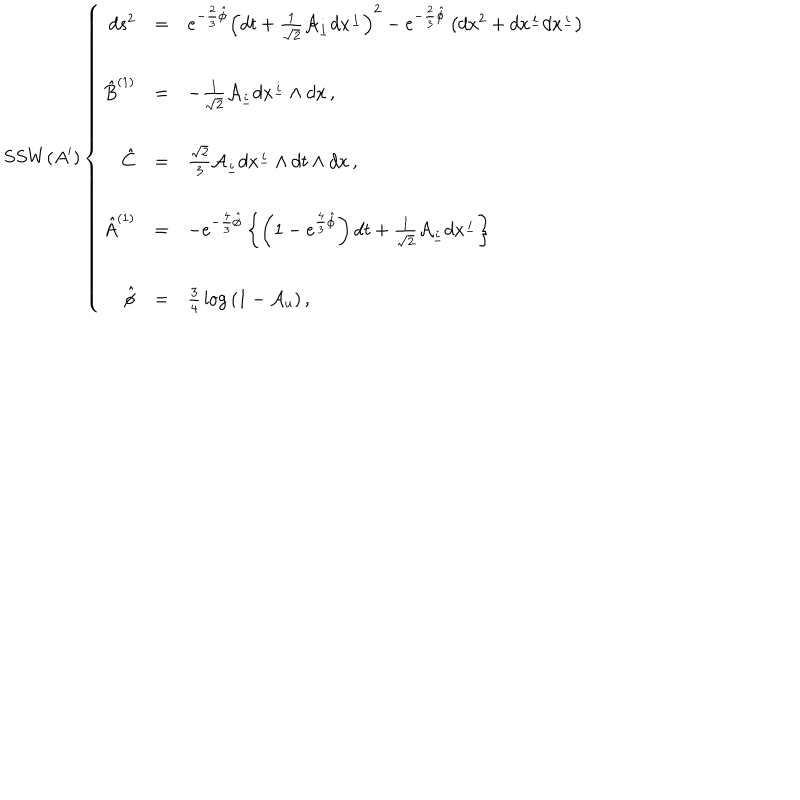
S S W ( A ^ { \prime } ) \left\{ \begin{array} { r c l } { { d s ^ { 2 } } } & { { = } } & { { e ^ { - \frac { 2 } { 3 } \hat { \phi } } \left( d t + { \textstyle \frac { 1 } { \sqrt { 2 } } } { \cal A } _ { \underline { { { i } } } } d x ^ { \underline { { { i } } } } \right) ^ { 2 } - e ^ { - \frac { 2 } { 3 } \hat { \phi } } \left( d x ^ { 2 } + d x ^ { \underline { { { i } } } } d x ^ { \underline { { { i } } } } \right) } } \\ { { } } & { { } } & { { } } \\ { { \hat { B } ^ { ( 1 ) } } } & { { = } } & { { - { \textstyle \frac { 1 } { \sqrt { 2 } } } { \cal A } _ { \underline { { { i } } } } d x ^ { \underline { { { i } } } } \wedge d x \, , } } \\ { { } } & { { } } & { { } } \\ { { \hat { C } } } & { { = } } & { { { \textstyle \frac { \sqrt { 2 } } { 3 } } { \cal A } _ { \underline { { { i } } } } d x ^ { \underline { { { i } } } } \wedge d t \wedge d x \, , } } \\ { { } } & { { } } & { { } } \\ { { \hat { A } ^ { ( 1 ) } } } & { { = } } & { { - e ^ { - \frac { 4 } { 3 } \hat { \phi } } \left\{ \left( 1 - e ^ { \frac { 4 } { 3 } \hat { \phi } } \right) d t + { \textstyle \frac { 1 } { \sqrt { 2 } } { \cal A } _ { \underline { { { i } } } } d x ^ { \underline { { { i } } } } } \right\} } } \\ { { } } & { { } } & { { } } \\ { { \hat { \phi } } } & { { = } } & { { { \textstyle \frac { 3 } { 4 } } \log { ( 1 - { \cal A } _ { u } ) } \, , } } \\ \end{array} \right.